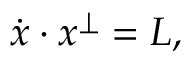
{ \dot { x } } \cdot x ^ { \perp } = L ,